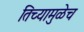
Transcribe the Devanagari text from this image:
तिच्यामुळेच